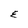
Character: E